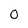
Character: 0